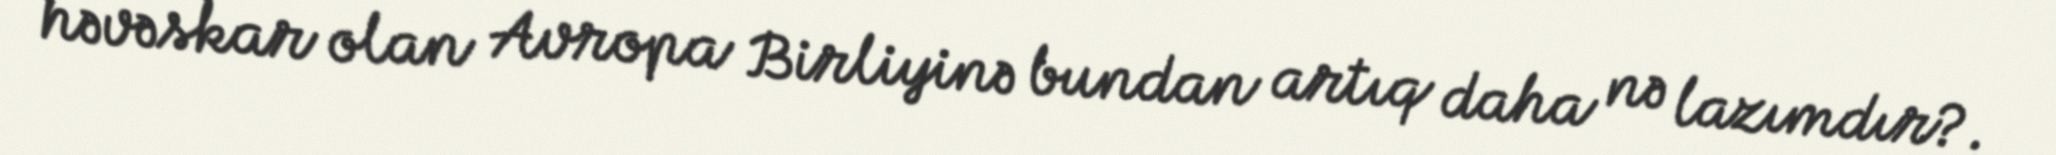
həvəskar olan Avropa Birliyinə bundan artıq daha nə lazımdır?.